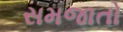
સમજાતો